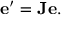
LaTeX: \mathbf { e ^ { \prime } } = \mathbf { J } \mathbf { e } .